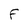
Character: F